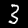
Label: 3